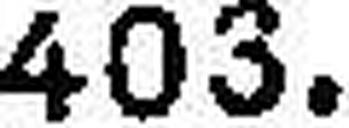
403.—